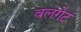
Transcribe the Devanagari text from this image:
वलगेट